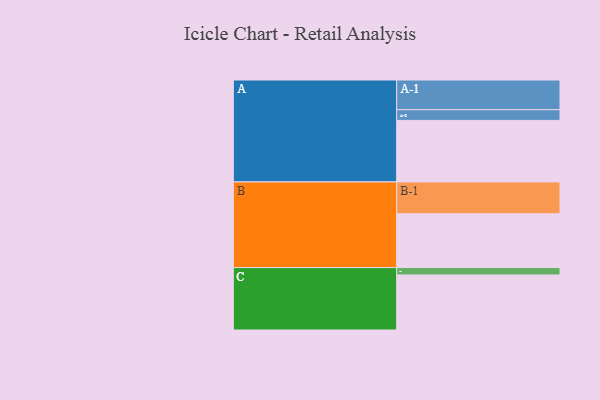
{"axis": {"x": "Segment", "y": "Value"}, "legend": ["", "A", "B", "C"], "data": [{"x": "A", "y": 539, "type": ""}, {"x": "B", "y": 471, "type": ""}, {"x": "C", "y": 482, "type": ""}, {"x": "A-1", "y": 260, "type": "A"}, {"x": "A-2", "y": 94, "type": "A"}, {"x": "B-1", "y": 279, "type": "B"}, {"x": "C-1", "y": 65, "type": "C"}]}